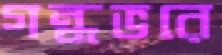
গন্ধভরে